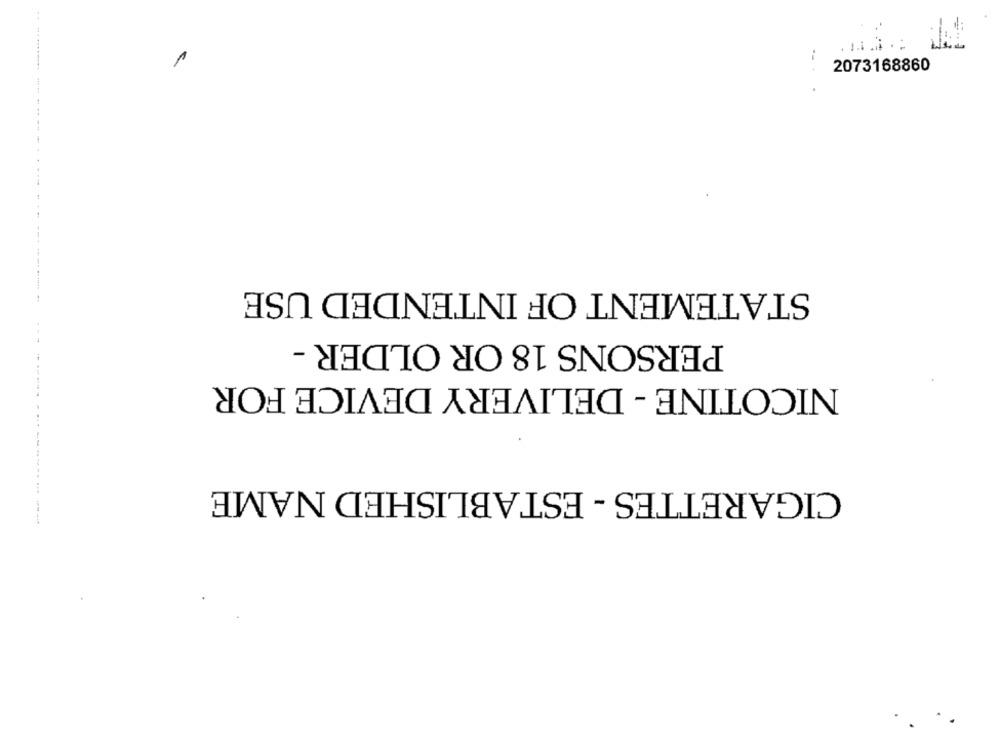
IT
e
...
2073168860
STATEMENT OF INTENDED USE
PERSONS 18 OR OLDER -
NICOTINE - DELIVERY DEVICE FOR
......
CIGARETTES - ESTABLISHED NAME
--------